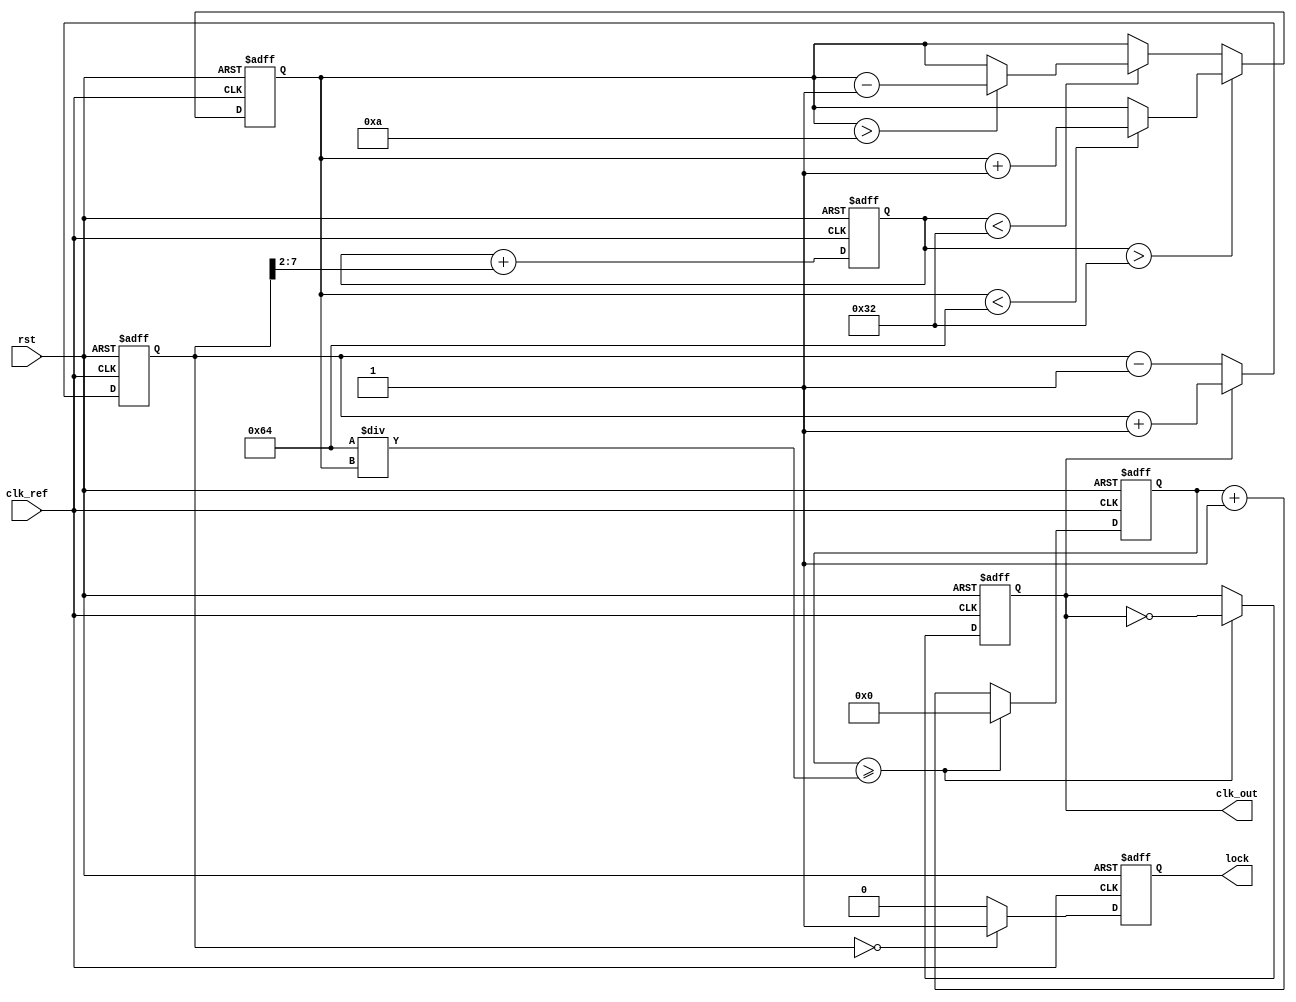
module pll (
    input wire clk_ref,         // Reference clock input
    input wire rst,             // Reset signal
    output reg clk_out,         // Phase-locked output clock
    output reg lock             // Lock status indicator
);

// Parameters for simulation
parameter integer PHASE_STEP = 1; // Step for phase adjustment per cycle
parameter integer VCO_MAX_FREQ = 100; // Maximum VCO frequency
parameter integer VCO_MIN_FREQ = 10;  // Minimum VCO frequency

// Internal registers
reg [7:0] vco_freq;             // VCO frequency control
reg [7:0] phase_error;          // Phase error signal
reg [7:0] loop_filter_output;   // Output from loop filter
reg [31:0] counter;             // Counter for generating output clock
reg locked;                     // Internal lock status

// Phase Detector (PD)
always @(posedge clk_ref or posedge rst) begin
    if (rst) begin
        phase_error <= 0;
    end else begin
        // Simple phase comparison (assume clk_out is generated)
        // This part may require more sophisticated logic depending on the implementation
        if (clk_out) begin
            phase_error <= phase_error + PHASE_STEP; // Increment error
        end else begin
            phase_error <= phase_error - PHASE_STEP; // Decrement error
        end
    end
end

// Loop Filter (LF)
always @(posedge clk_ref or posedge rst) begin
    if (rst) begin
        loop_filter_output <= 0;
    end else begin
        // Simple first-order loop filter implementation
        loop_filter_output <= loop_filter_output + (phase_error >> 2); // Smoothing
    end
end

// Voltage-Controlled Oscillator (VCO)
always @(posedge clk_ref or posedge rst) begin
    if (rst) begin
        vco_freq <= VCO_MIN_FREQ;
    end else begin
        // Control VCO frequency based on loop filter output
        if (loop_filter_output > 50) begin
            if (vco_freq < VCO_MAX_FREQ) vco_freq <= vco_freq + 1; // Increase frequency
        end else if (loop_filter_output < 50) begin
            if (vco_freq > VCO_MIN_FREQ) vco_freq <= vco_freq - 1; // Decrease frequency
        end
    end
end

// Generate output clock based on VCO frequency
always @(posedge clk_ref or posedge rst) begin
    if (rst) begin
        counter <= 0;
        clk_out <= 0;
    end else begin
        counter <= counter + 1;
        if (counter >= (100 / vco_freq)) begin
            clk_out <= ~clk_out; // Toggle output clock
            counter <= 0;
        end
    end
end

// Lock status logic
always @(posedge clk_ref or posedge rst) begin
    if (rst) begin
        locked <= 0;
    end else begin
        // Simple logic to determine lock state
        if (phase_error == 0) begin
            locked <= 1; // Phase-locked
        end else begin
            locked <= 0;
        end
    end
end

// Assign lock status to output
assign lock = locked;

endmodule